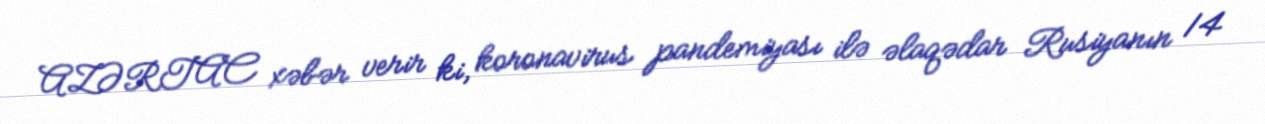
AZƏRTAC xəbər verir ki, koronavirus pandemiyası ilə əlaqədar Rusiyanın 14